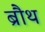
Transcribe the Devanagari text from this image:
ब्रौथ